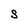
Character: S